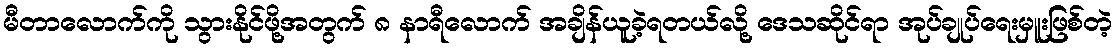
မီတာလောက်ကို သွားနိုင်ဖို့အတွက် ၈ နာရီလောက် အချိန်ယူခဲ့ရတယ်လို့ ဒေသဆိုင်ရာ အုပ်ချုပ်ရေးမှူးဖြစ်တဲ့